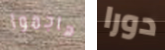
هاجموا دورا